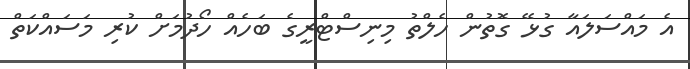
އެ މައްސަލައާ ގުޅޭ ގޮތުން ހެލްތު މިނިސްޓްރީގެ ބަހެއް ހޯދުމަށް ކުުރި މަސައްކަތް